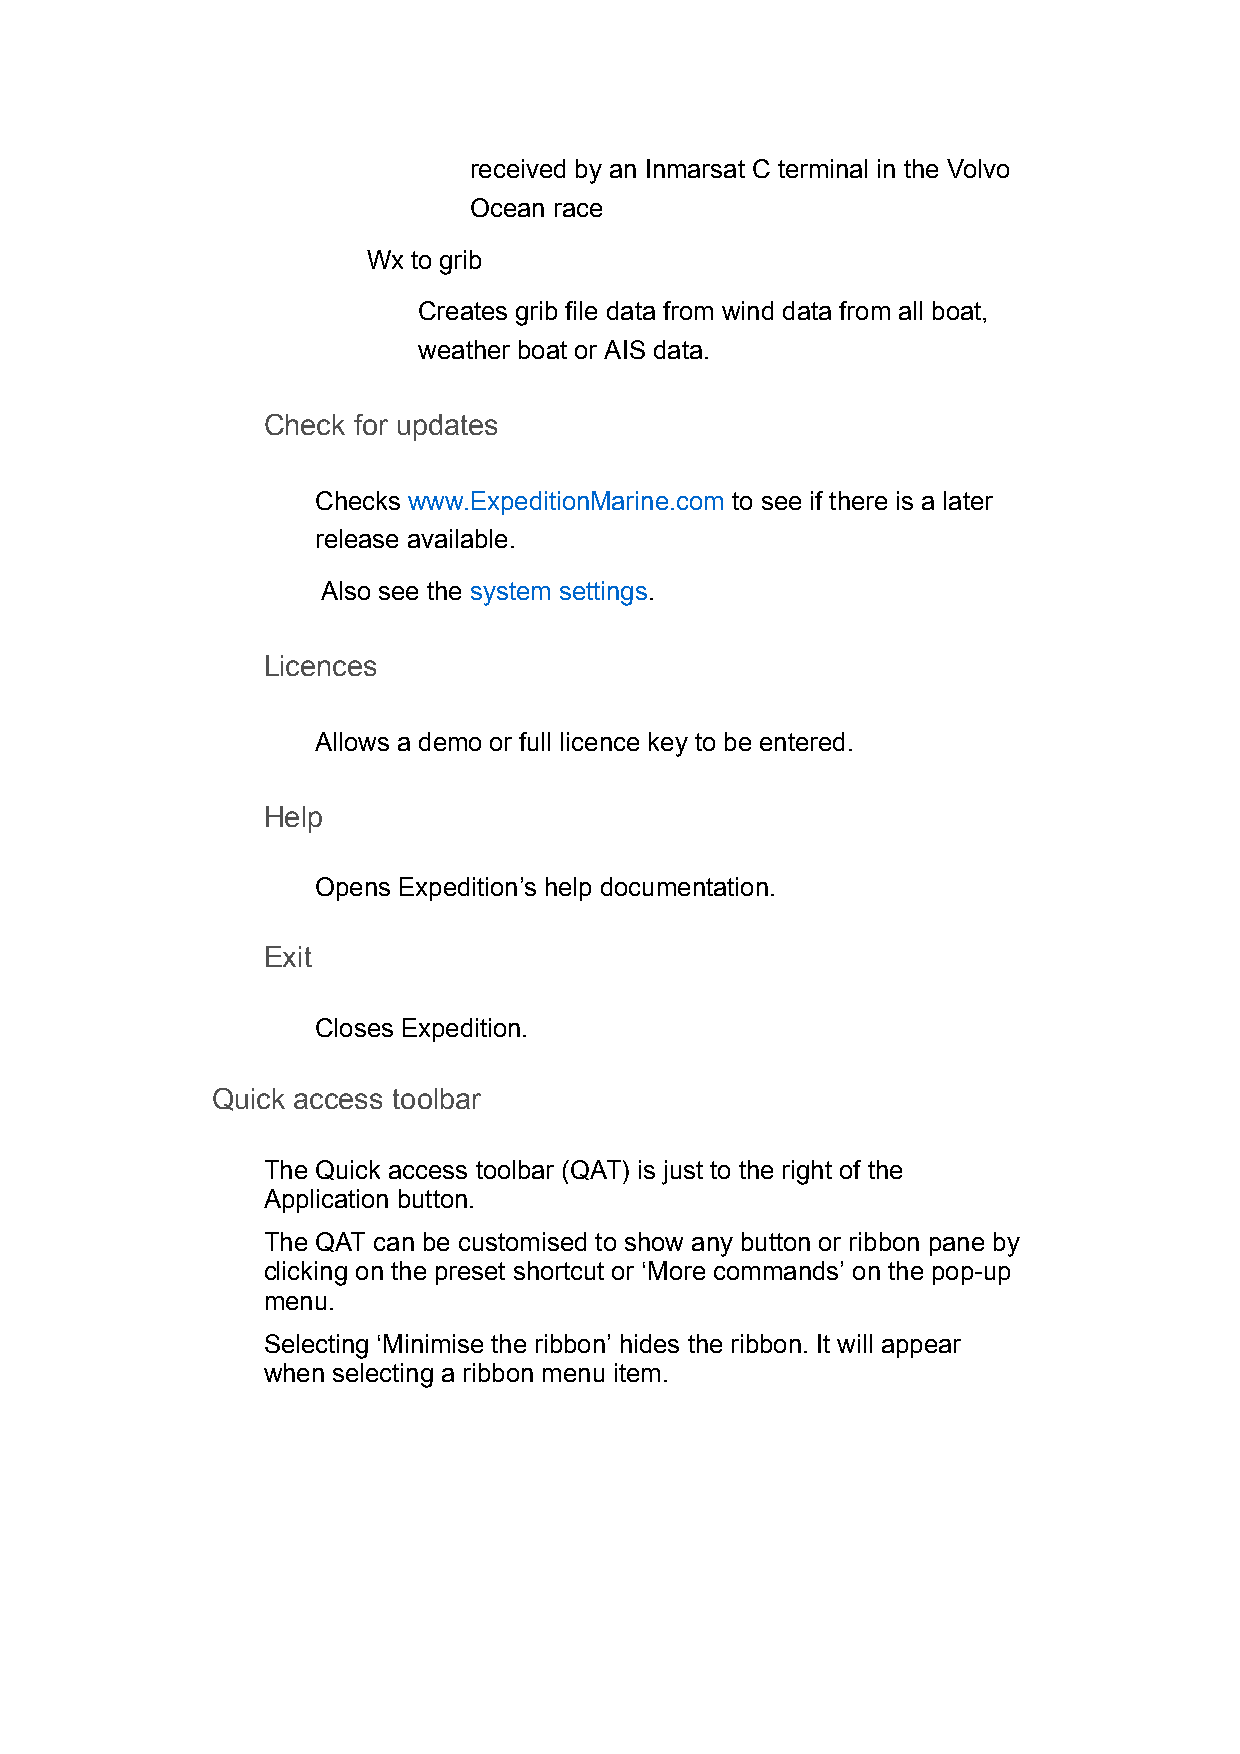
received by an Inmarsat C terminal in the Volvo
 Ocean race
 Wx to grib
 Creates grib file data from wind data from all boat,
 weather boat or AIS data.
 Check for updates
 Checks www.ExpeditionMarine.com to see if there is a later
 release available.
 Also see the system settings.
 Licences
 Allows a demo or full licence key to be entered.
 Help
 Opens Expedition’s help documentation.
 Exit
 Closes Expedition.
 Quick access toolbar
 The Quick access toolbar (QAT) is just to the right of the
 Application button.
 The QAT can be customised to show any button or ribbon pane by
 clicking on the preset shortcut or ‘More commands’ on the pop-up
 menu.
 Selecting ‘Minimise the ribbon’ hides the ribbon. It will appear
 when selecting a ribbon menu item.